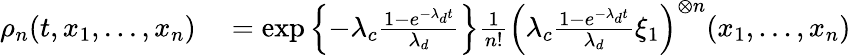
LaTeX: \begin{array}{rl}{\rho_{n}(t,x_{1},...,x_{n})}&{{}=\exp\left\{ -\lambda_{c}\frac{1-e^{-\lambda_{d}t}}{\lambda_{d}}\right\} \frac{1}{n!}\left(\lambda_{c}\frac{1-e^{-\lambda_{d}t}}{\lambda_{d}}\xi_{1}\right)^{\otimes n}(x_{1},...,x_{n})}\end{array}